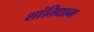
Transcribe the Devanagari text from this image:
शांतिधाम